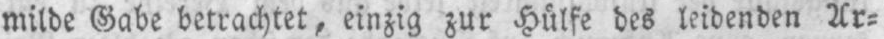
milde Gabe betrachtet, einzig zur Hülfe des leidenden Ar⸗